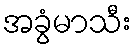
အခွံမာသီး